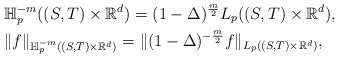
\begin{align*}&\mathbb{H}_p^{-m}((S,T)\times \mathbb{R}^d)=(1-\Delta)^{\frac{m}{2}}L_p((S,T)\times \mathbb{R}^d),\\&\|f\|_{\mathbb{H}_p^{-m}((S,T)\times \mathbb{R}^d)}=\|(1-\Delta)^{-\frac{m}{2}}f\|_{L_p((S,T)\times \mathbb{R}^d)},\end{align*}